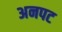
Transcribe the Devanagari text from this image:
अनपट